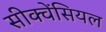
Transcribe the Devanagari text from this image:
सीक्वेंसियल